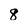
Character: 8